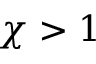
\chi > 1